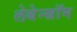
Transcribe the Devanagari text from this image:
लेबेन्स्रॉम